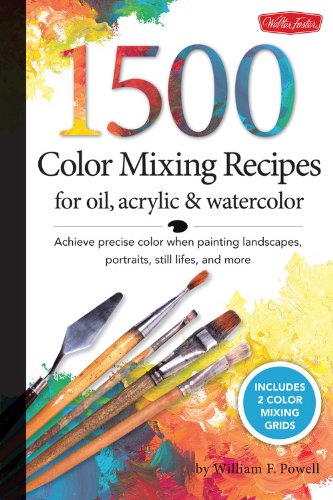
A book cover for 1,500 Color Mixing Recipes for Oil, Acrylic & Watercolor: Achieve precise color when painting landscapes, portraits, still lifes, and more; William F Powell; Arts & Photography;